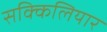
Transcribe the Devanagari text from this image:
सक्किलियार